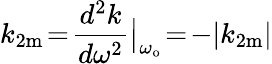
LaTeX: k_{2\mathrm{m}}\! =\! \frac{d^{2}k}{d\omega^{2}}\big|_{\omega_{\mathrm{o}}}\! =\! -|k_{2\mathrm{m}}|